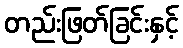
တည်းဖြတ်ခြင်းနှင့်